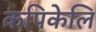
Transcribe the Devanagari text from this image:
कपिकेलि